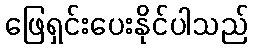
ဖြေရှင်းပေးနိုင်ပါသည်